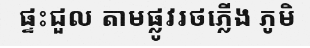
ផ្ទះជួល តាមផ្លូវរថភ្លើង ភូមិ